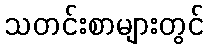
သတင်းစာများတွင်